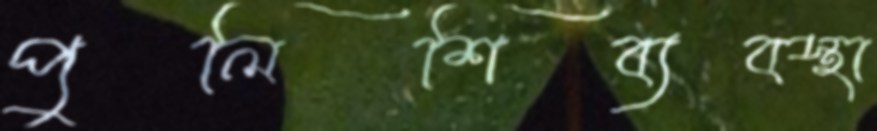
পুলিশিব্যবস্থা